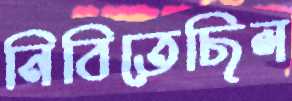
নিবিতেছিল